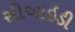
સીઆઇડી